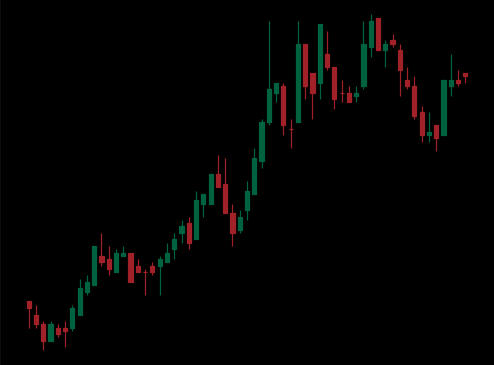
Pattern: bear_flag